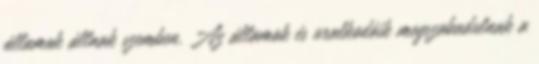
államok állnak szemben. Az államok és uralkodóik megszabadulnak a